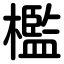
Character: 檻